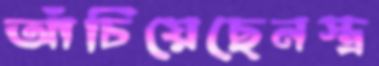
আঁচিয়েছেনস্ত্র